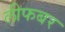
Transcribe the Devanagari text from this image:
लीफबर